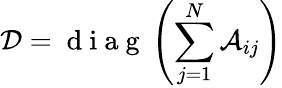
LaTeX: \mathcal{D}=\mathrm{~d~i~a~g~}\left(\sum_{j=1}^{N}\mathcal{A}_{ij}\right)